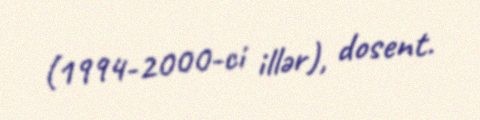
(1994-2000-ci illər), dosent.